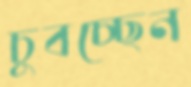
চুবচ্ছেন